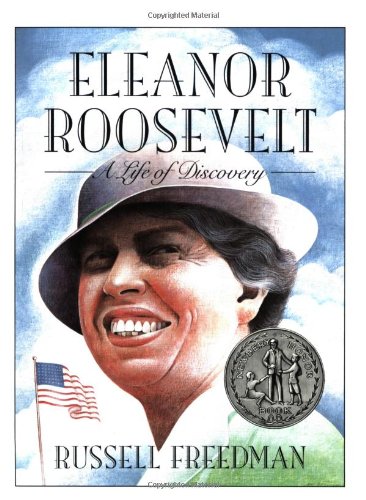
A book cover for Eleanor Roosevelt: A Life of Discovery (Clarion Nonfiction); Russell Freedman; Children's Books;